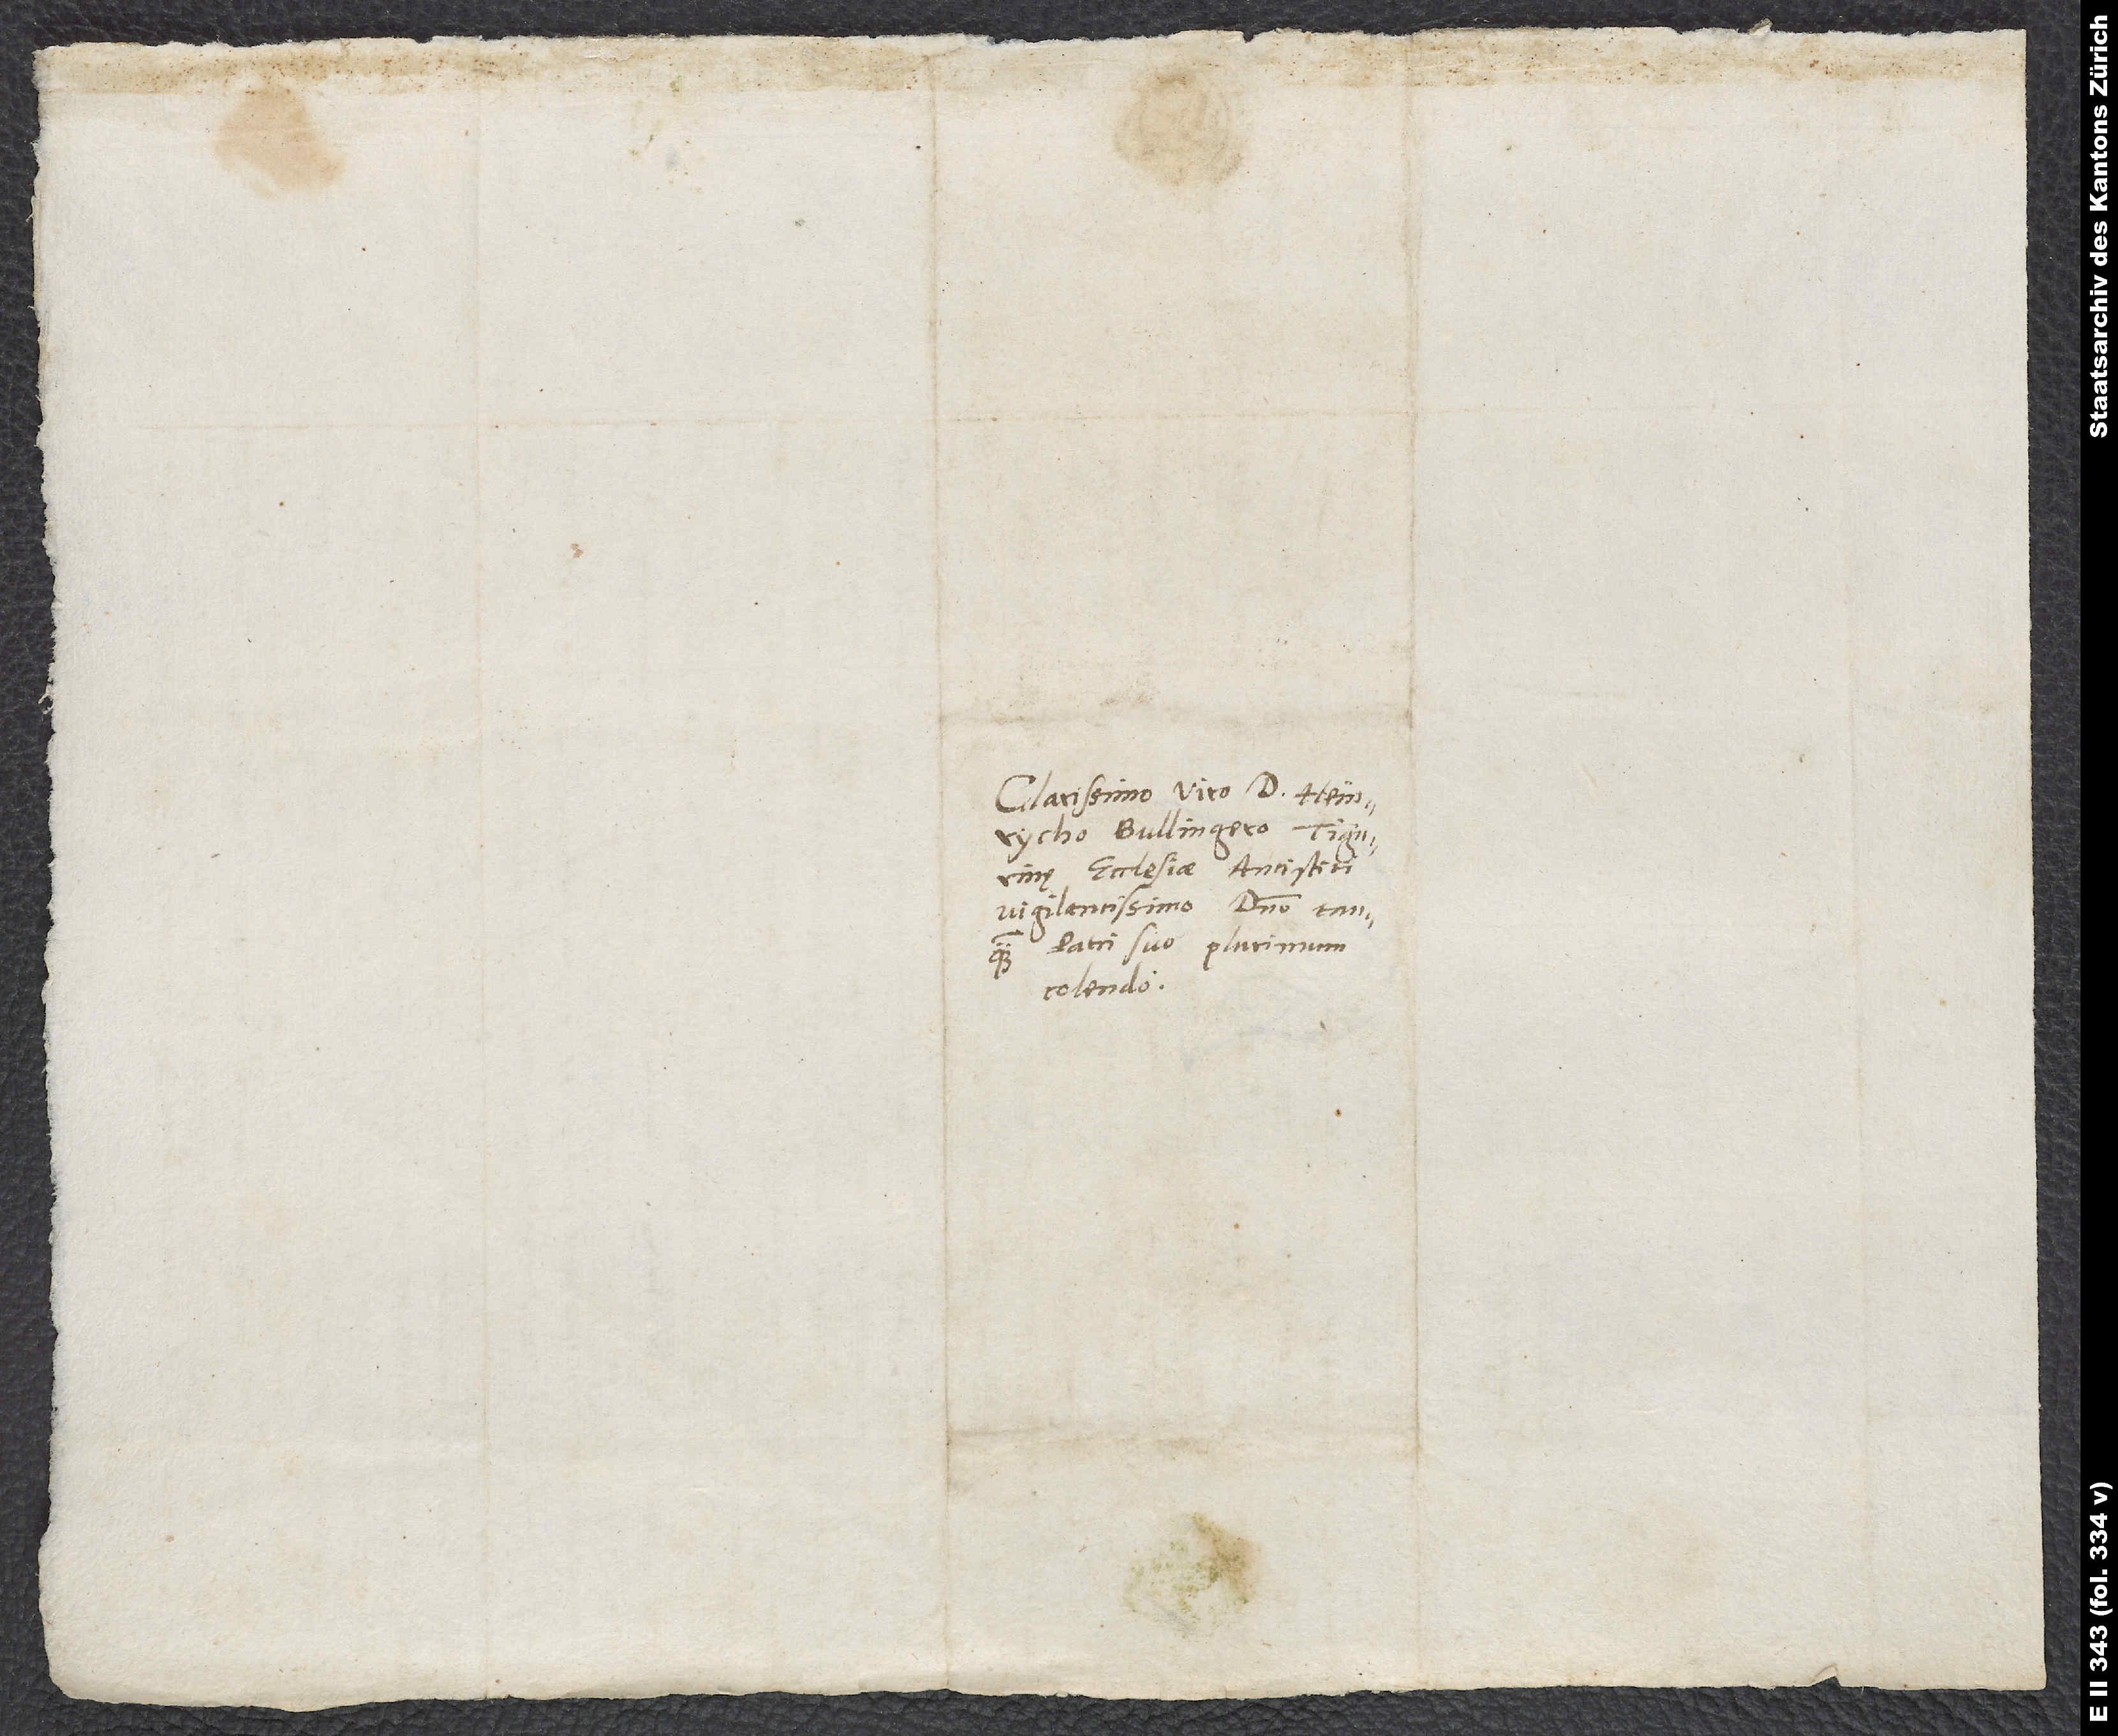
Clarissimo viro d. Heinrycho
Bullingero, Tigurinę
ecclesię antistiti
vigilantissimo, domino tanquam
patri suo plurimum
colendo.